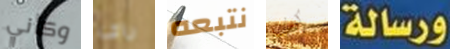
وكأني راى نتبعه كيف ورسالة